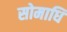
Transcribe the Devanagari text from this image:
सोमाधि